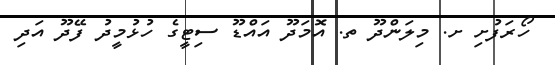
ހޯރަފުށި ށ. މިލަންދޫ ތ. އޮމަދޫ އައްޑޫ ސިޓީގެ ހުޅުމީދު ފޭދޫ އަދި